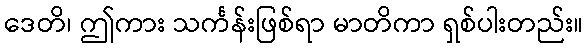
ဒေတိ၊ ဤကား သင်္ကန်းဖြစ်ရာ မာတိကာ ရှစ်ပါးတည်း။